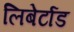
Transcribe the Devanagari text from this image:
लिबेर्टाड